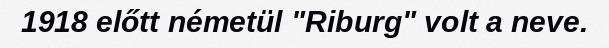
1918 előtt németül "Riburg" volt a neve.